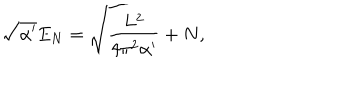
\sqrt { \alpha ^ { \prime } } E _ { N } = \sqrt { \frac { L ^ { 2 } } { 4 \pi ^ { 2 } \alpha ^ { \prime } } + N } ,